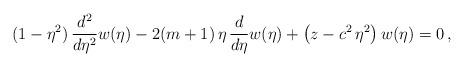
LaTeX: \begin{align*}(1-\eta^2)\,\frac{d^2}{d\eta^2}w(\eta)-2(m+1)\,\eta\,\frac{d}{d\eta}w(\eta) +\left(z-c^2\,\eta^2\right)w(\eta)=0\,, \end{align*}